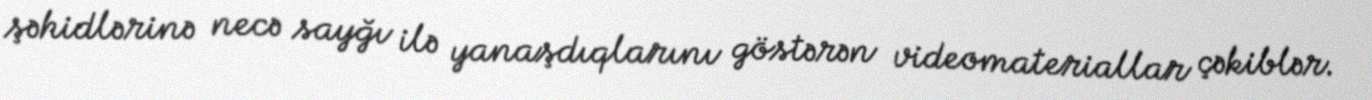
şəhidlərinə necə sayğı ilə yanaşdıqlarını göstərən videomateriallar çəkiblər.